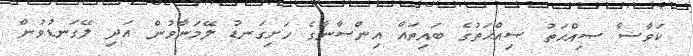
ކަވާސާ ޞިއްޙަތު ޞިއްޙަތުގެ ބައިތައް އިންސާނާގެ ހަށިގަނޑު ލޭމަނާވުން އަދި ލޭގަނޑުވުން